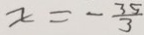
x = - \frac { 3 5 } { 3 }